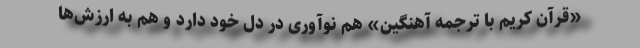
«قرآن کریم با ترجمه آهنگین» هم نوآوری در دل خود دارد و هم به ارزش‌ها